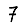
Digit: 7